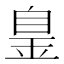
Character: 𦤐